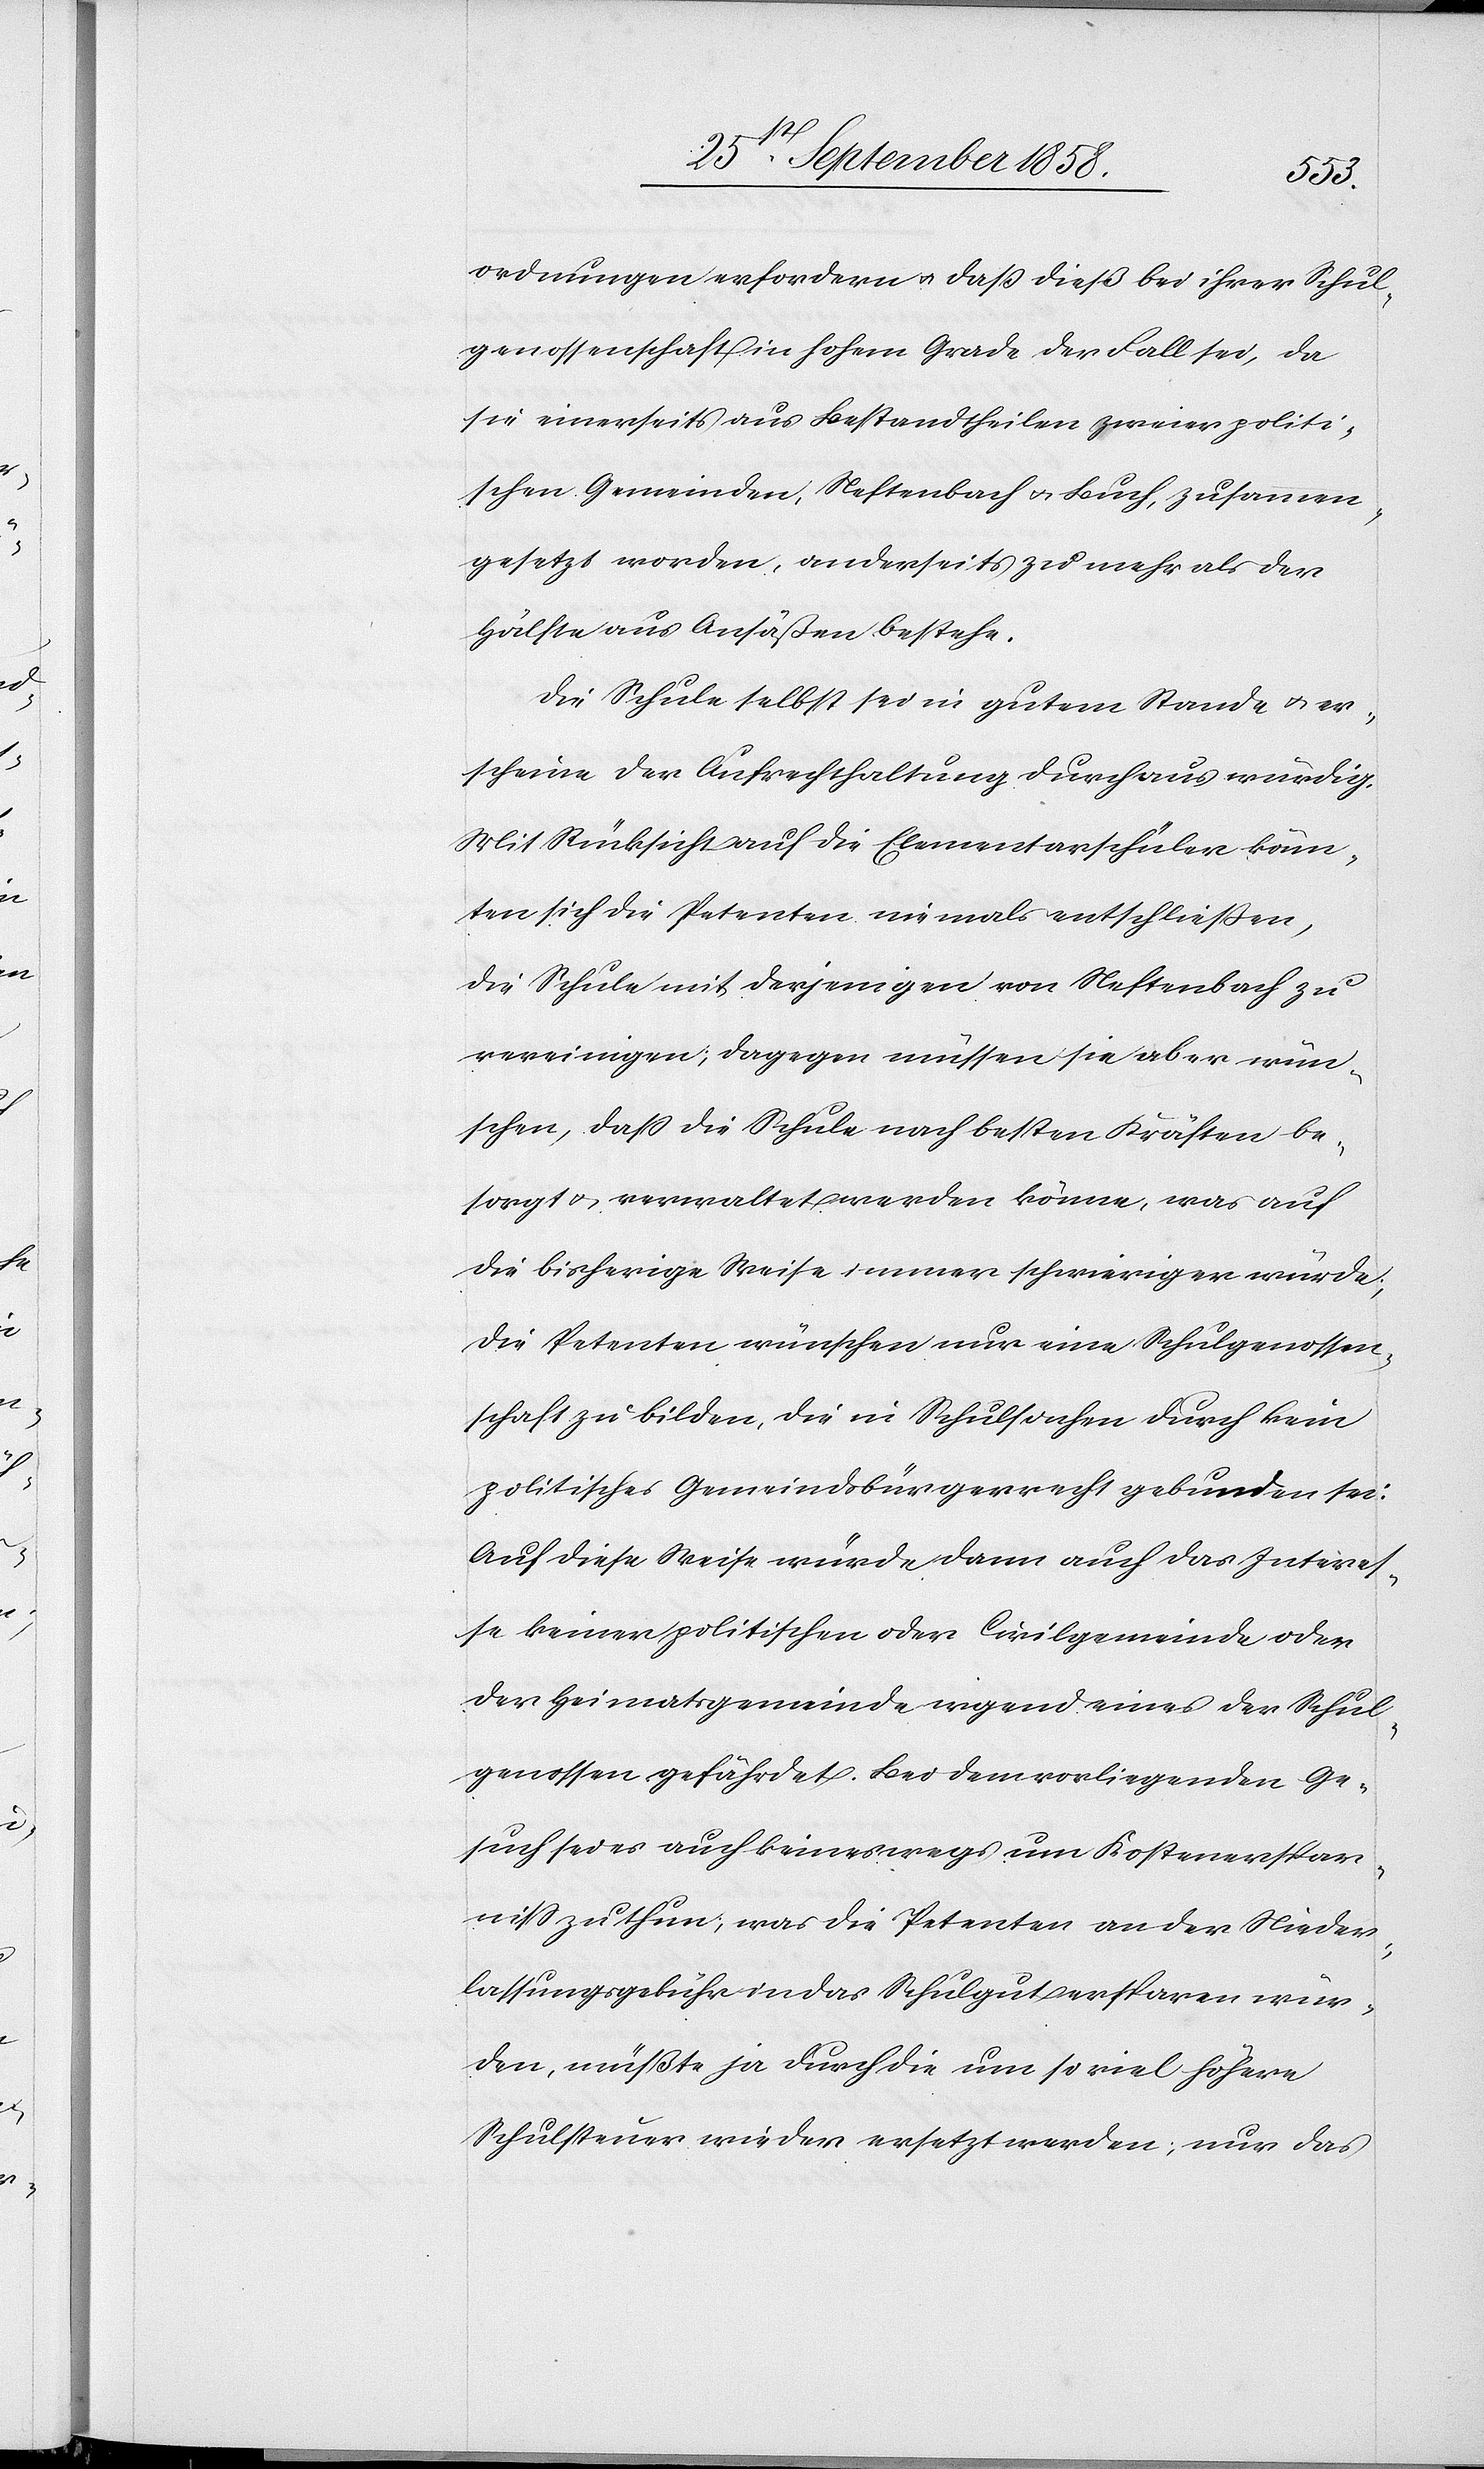
ordnungen erfordern & daß dieß bei ihrer Schul¬
genossenschaft in hohem Grade der Fall sei, da
sie einerseits aus Bestandtheilen zweier politi¬
schen Gemeinden, Neftenbach & Buch, zusammen¬
gesetzt worden, anderseits zu mehr als der
Hälfte aus Ansäßen bestehe.
Die Schule selbst sei in gutem Stande & er¬
scheine der Aufrechthaltung durchaus würdig.
Mit Rücksicht auf die Elementarschüler könn¬
ten sich die Petenten niemals entschließen,
die Schule mit derjenigen von Neftenbach zu
vereinigen; dagegen müssen sie aber wün¬
schen, dass die Schule nach besten Kräften be¬
sorgt & verwaltet werden könne, was auf
die bisherige Weise immer schwieriger würde;
die Petenten wünschen nur eine Schulgenossen¬
schaft zu bilden, die in Schulsachen durch kein
politisches Gemeindsbürgerrecht gebunden sei.
Auf diese Weise würde dann auch das Interes¬
se keiner politischen oder Civilgemeinde oder
der Heimatsgemeinde irgend eines der Schul¬
genossen gefährdet. Bei dem vorliegenden Ge¬
such sei es auch keineswegs um Kostenerspar¬
niss zu thun; was die Petenten an der Nieder¬
lassungsgebühr in das Schulgut ersparen wür¬
den, müßte ja durch die um so viel höhere
Schulsteuer wieder ersetzt werden; nur das